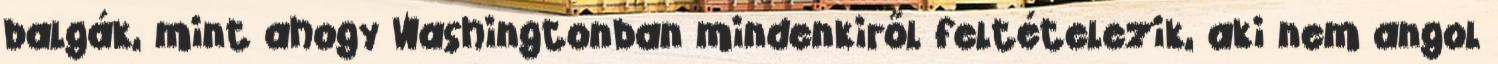
balgák, mint ahogy Washingtonban mindenkiről feltételezik, aki nem angol